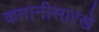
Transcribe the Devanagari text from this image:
कमानीसारखे